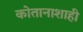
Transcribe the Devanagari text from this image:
कोतानाशाही